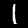
Label: 1